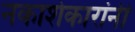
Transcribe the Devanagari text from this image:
नकाशेकारांनी